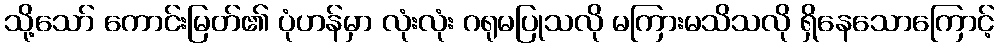
သို့သော် ကောင်းမြတ်၏ ပုံဟန်မှာ လုံးလုံး ဂရုမပြုသလို မကြားမသိသလို ရှိနေသောကြောင့်